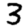
Digit: 3